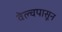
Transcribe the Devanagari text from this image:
वेल्चपासून